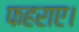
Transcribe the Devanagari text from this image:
फहराए।